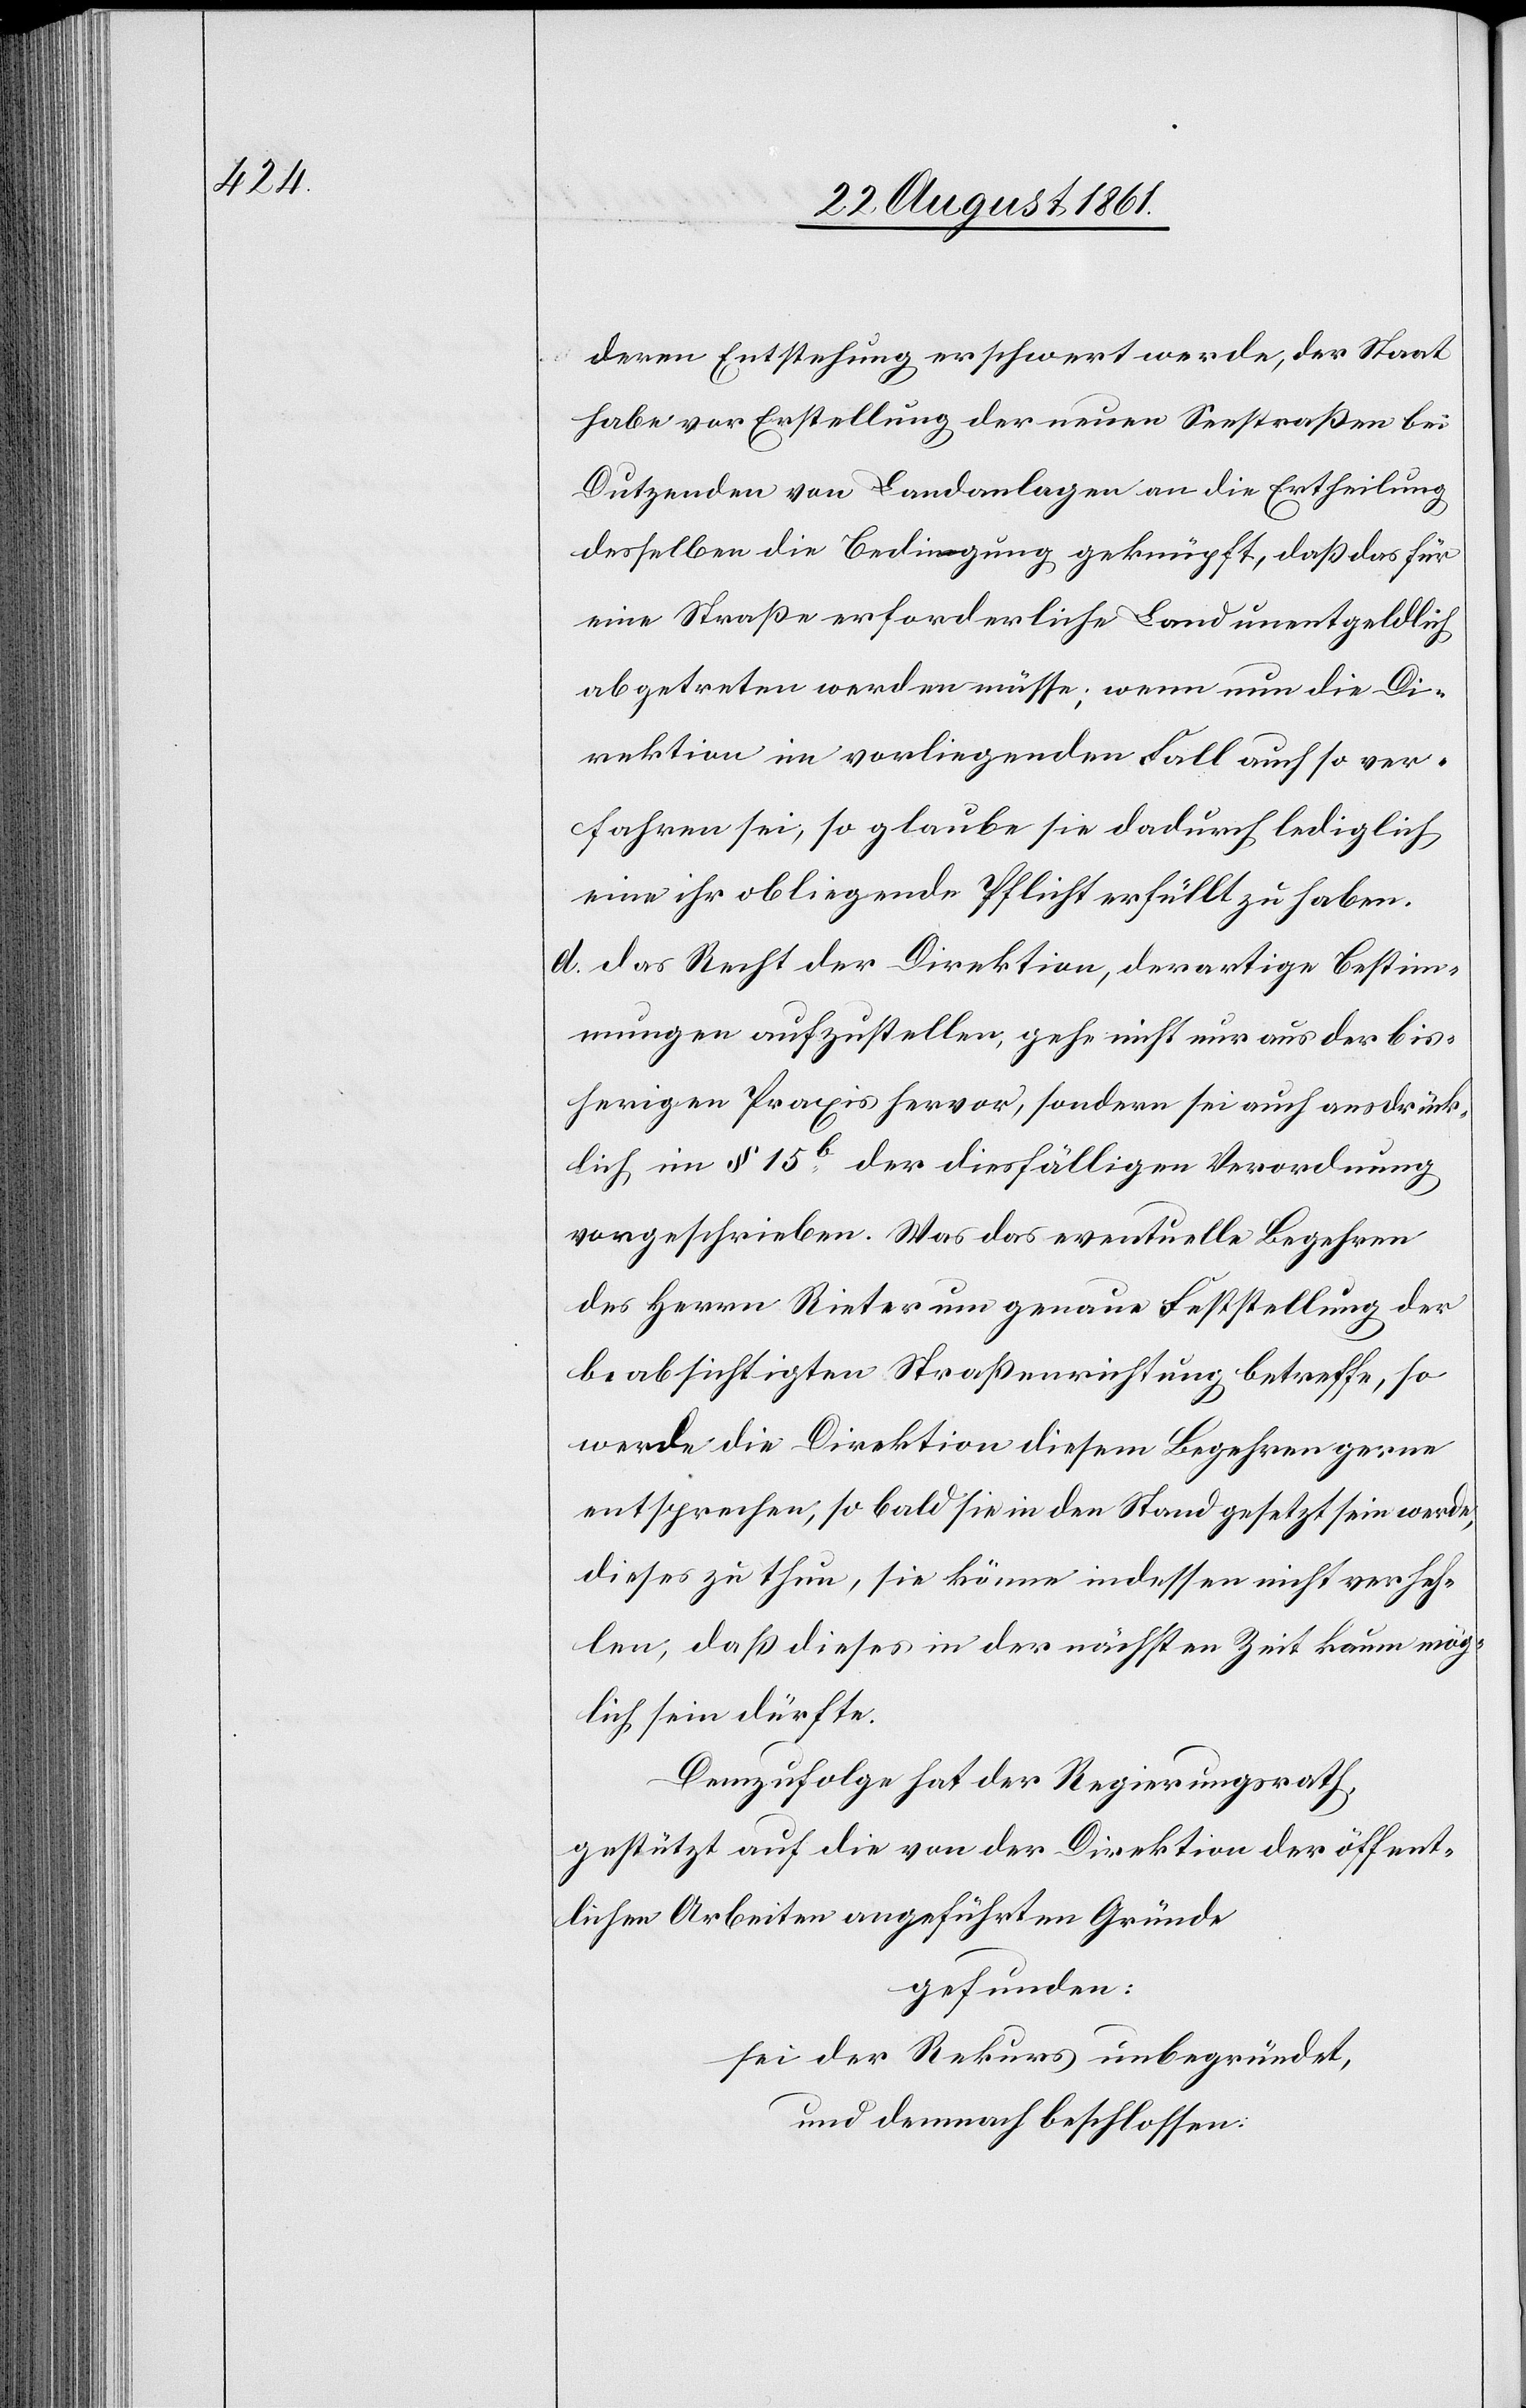
deren Entstehung erschwert werde, der Staat
habe vor Erstellung der neuen Seestraßen bei
Dutzenden von Landanlagen an die Ertheilung
desselben die Bedingung geknüpft, daß das für
eine Straße erforderliche Land unentgeldlich
abgetreten werden müsse; wenn nun die Di¬
rektion im vorliegenden Fall auch so ver¬
fahren sei, so glaube sie dadurch lediglich
eine ihr obliegende Pflicht erfüllt zu haben.
d. das Recht der Direktion, derartige Bestim¬
mungen aufzustellen, gehe nicht nur aus der bis¬
herigen Praxis hervor, sondern sei auch ausdrück¬
lich im § 15b der diesfälligen Verordnung
vorgeschrieben. Was das eventuelle Begehren
des Herrn Rieter um genaue Feststellung der
beabsichtigten Straßenrichtung betreffe, so
werde die Direktion diesem Begehren gerne
entsprechen, so bald sie in den Stand gesetzt sein werde,
dieses zu thun, sie könne indessen nicht verfeh¬
len, daß dieses in der nächsten Zeit kaum mög¬
lich sein dürfte.
Demzufolge hat der Regierungsrath,
gestützt auf die von der Direktion der öffent¬
lichen Arbeiten angeführten Gründe,
gefunden:
sei der Rekurs unbegründet,
und demnach beschlossen: